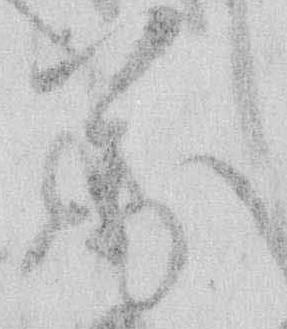
万